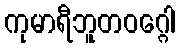
ကုမာရီဘူတဝဂ္ဂေါ